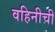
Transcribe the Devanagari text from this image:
वहिनीची